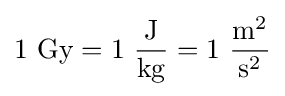
1\ \mathrm {Gy} =1\ {\frac {\mathrm {J} }{\mathrm {kg} }}=1\ {\frac {\mathrm {m} ^{2}}{\mathrm {s} ^{2}}}